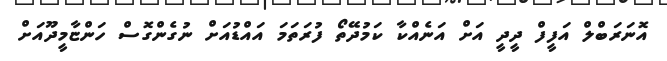
އޮނަރަބްލް އަފީފް ދީދީ އަށް އަނެއްކާ ކަމުދޭތޯ ފުރަތަމަ އައްޑުއަށް ނުގެންގޮސް ހަންޏާމީދޫއަށް